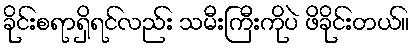
ခိုင်းစရာရှိရင်လည်း သမီးကြီးကိုပဲ ဖိခိုင်းတယ်။